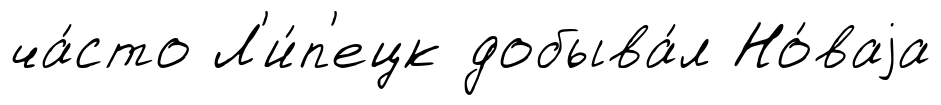
ча́сто Л'и́п'ецк добыва́л Но́ваjа